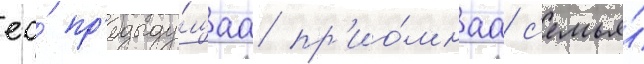
ео́ пр'едыду́щаа пр'ио́мнаа с'емья́